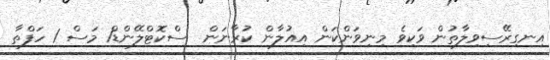
އިނގިރޭސިވިލާތުން ވަކިވެ މިނިވަންކަން އިއުލާން ކުރާނަން  ސްކޮޓްލޭންޑް1 މަސް 1 ހަފްތާ